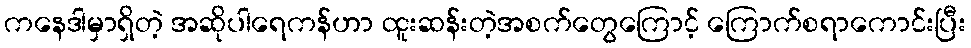
ကနေဒါမှာရှိတဲ့ အဆိုပါရေကန်ဟာ ထူးဆန်းတဲ့အစက်တွေကြောင့် ကြောက်စရာကောင်းပြီး